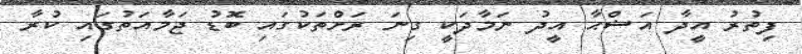
ފިތުރު އީދާ އަޟްޙާ އީދު ނަމާދަކީ ގިނަ ރަށްތަކުގައި ބޮޑު ޖަމާއަތުގައި ކުރާ